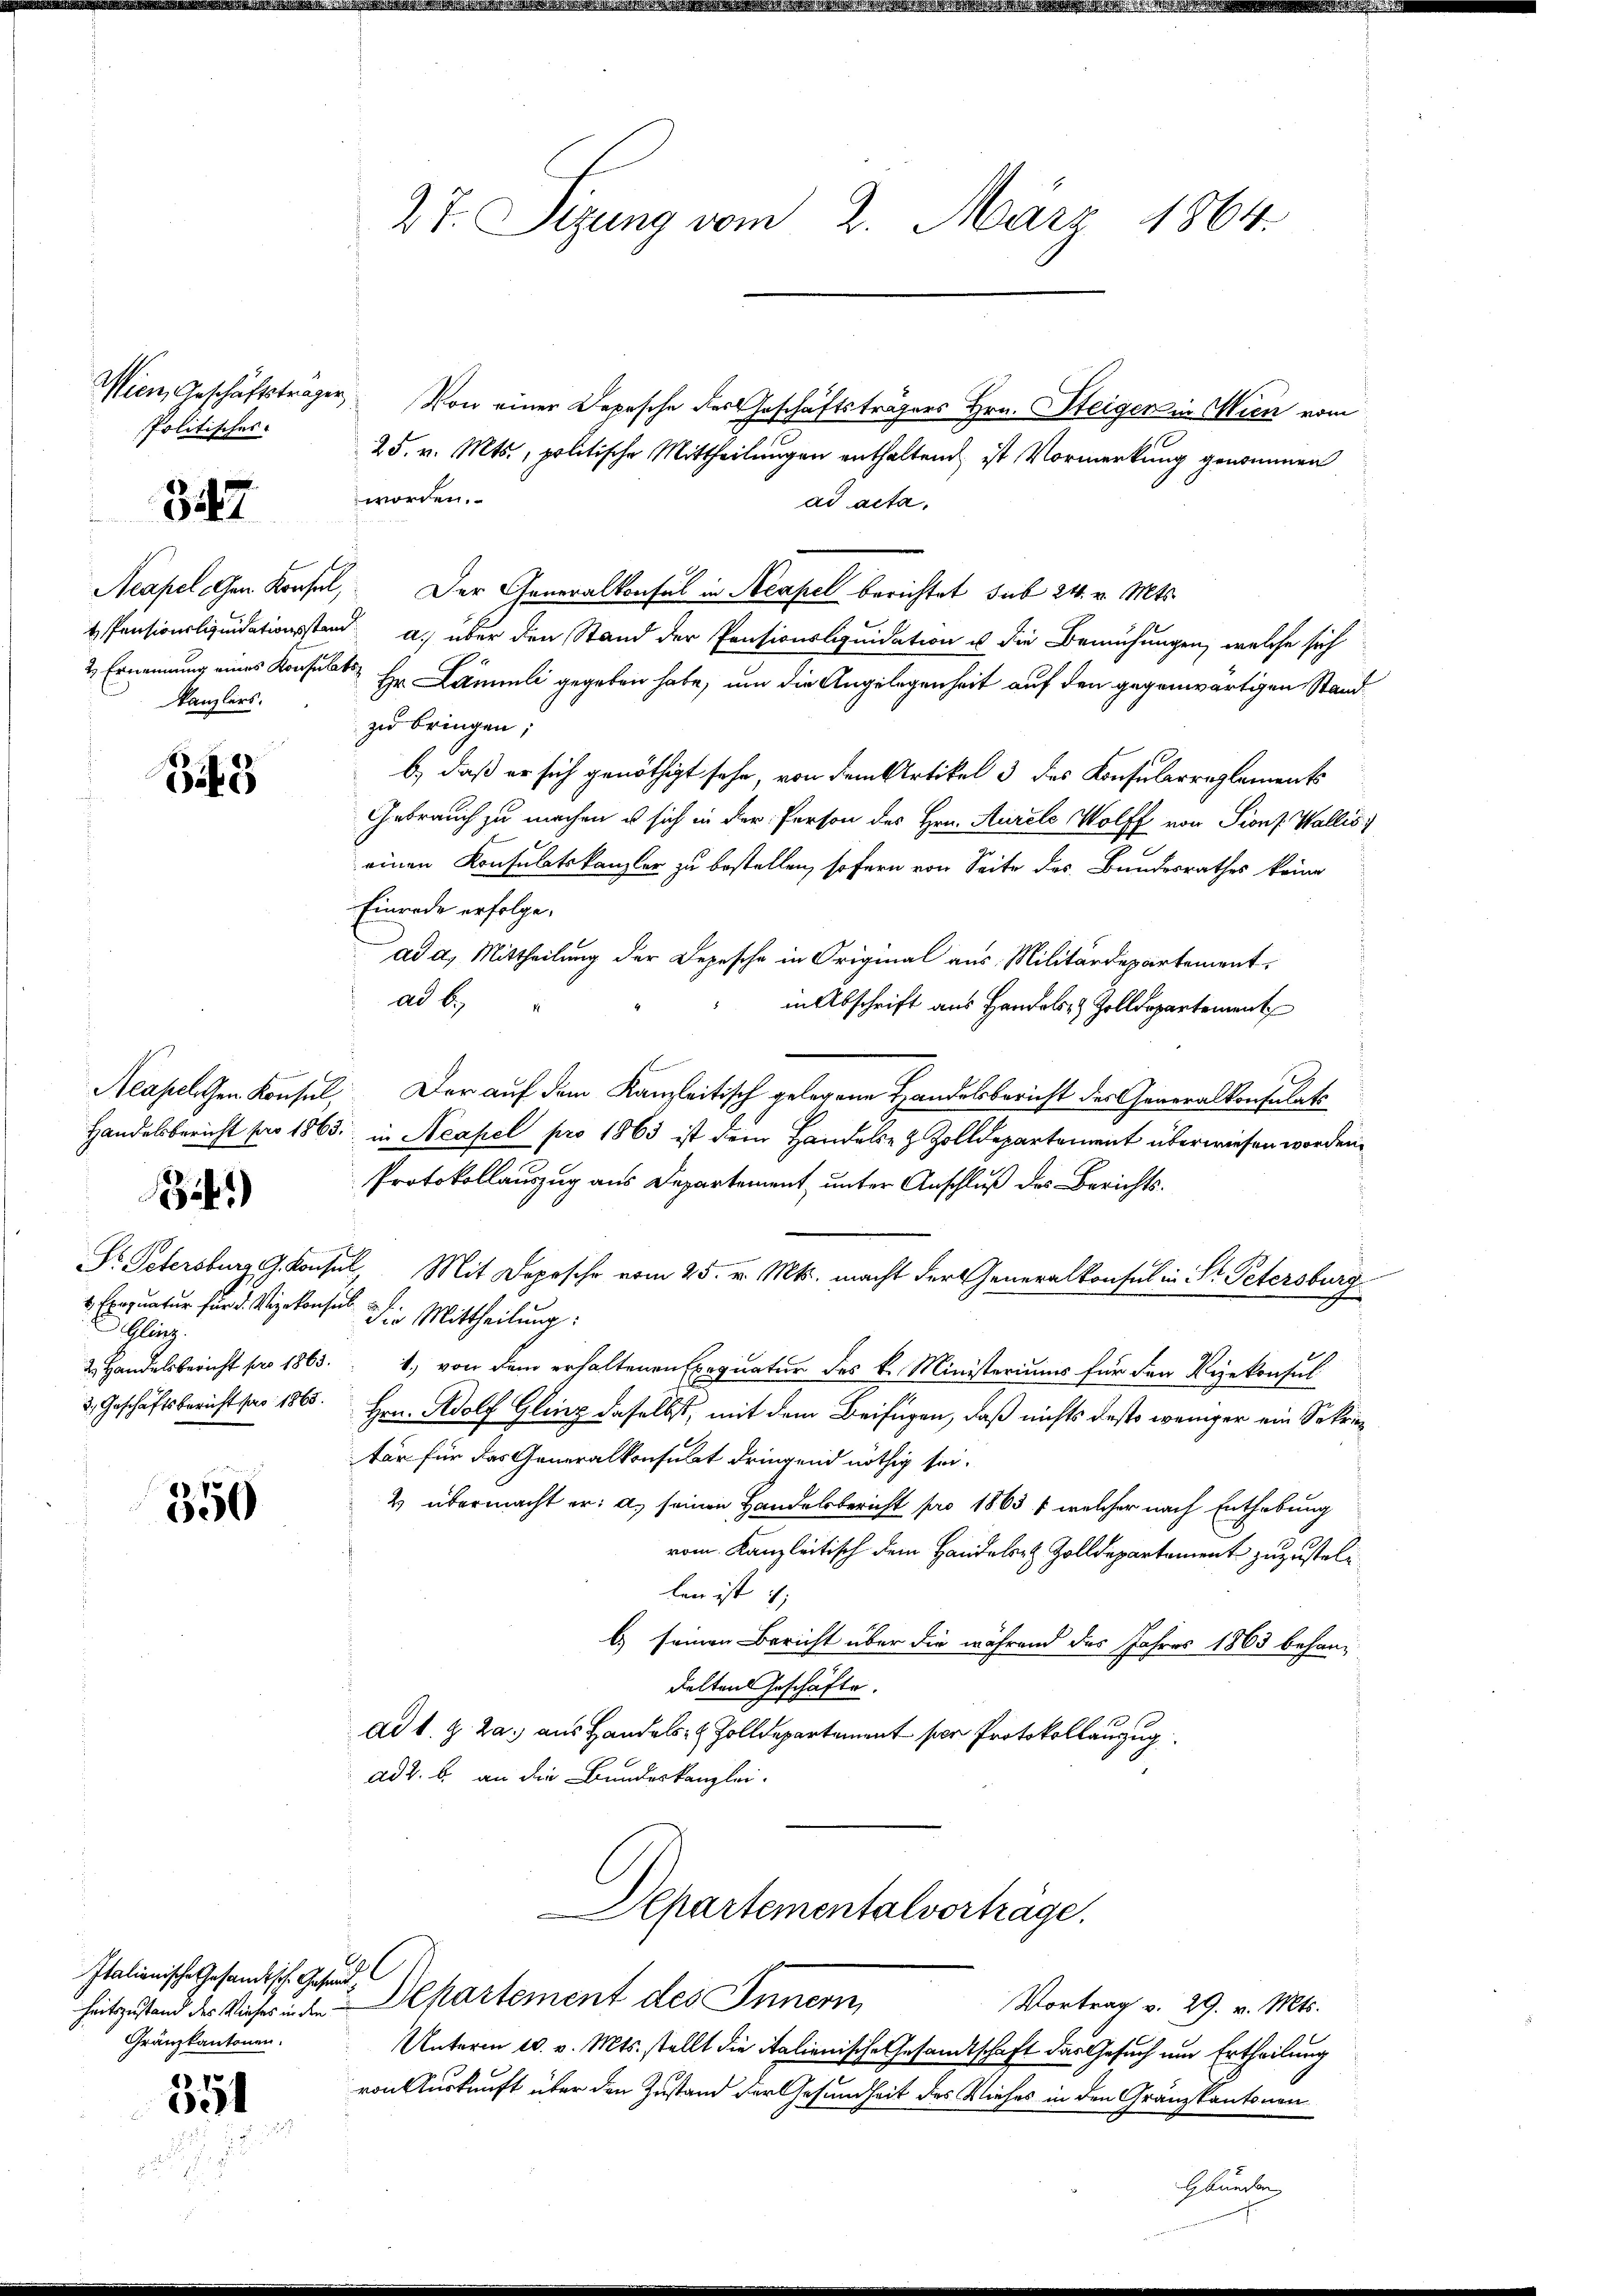
Politisches

347

Kanzlers.

Bif. 3

1)

Exequatur für d. Vizekonsul
Glanz.
d. Geschäftsbericht pro 1865.

350

Italienische Gesandtsche Gesund
Gränzkantonen.

1
65

27. Sizung vom 2. März 1864.

Wien, Geschäftsträger, Von einer Depesche des Geschäftsträgers Hrn. Steigen in Wien vom
25. v. Mts., politische Mittheilungen enthaltend ist Vormerkung genommen
worden.
ad acta.
Neapel Gen. Konsel, Der Generalkonsul in Neapel berichtet sub 24. v. Mts.
 Pensionsliquidationsstand a. über den Stand der Pensionsliquidation u die Bemühungen, welche sich
2 Ernennung eines Konsulat Hr. Lämmli gegeben habe, um die Angelegenheit auf den gegenwärtigen Stand
zu bringen;
b) daß er sich genöthigt sehe, von dem Artikel 3 des Konsularreglements
Gebrauch zu machen u sich in der Person des Hrn. Aurel Wolff von Pions. Wallis)
einen Konsulatskanzler zu bestellen, sofern von Seite des Bundesrathes keine
Einrede erfolge.
ad a. Mittheilung der Depesche in Original aus Militärdepartement,
ad b.
in Abschrift aus Handels- & Zolldepartement
Neapellen Konsul, Der auf dem Kanzleitisch gelegene Handelsbericht der Generalkonsulat
Handelsbericht pro 1863 in Neapel pro 1863 ist dem Handels- & Zolldepartement überwiesen worden.
Protokollauszug aus Departement, unter Anschluß des Berichts¬
Dr. Petersburg G. Konsul, Mit Depesche vom 25. v. Mts. macht der Generalkonsul in Dr. Petersburg
die Mittheilung:
2. Handelsbericht pro 1863. 4., von dem erhaltenen Exequatur des k. Ministeriums für den Vizekonsul
Hrn. Adolf Gling daselbst, mit dem Beifügen, daß nichts desto weniger ein Sekrie
tar für das Generalkonsulat dringend nöthig sei.
2 übermacht er: a) seinen Handelsbericht pro 1863 & welcher nach Enthebung
vom Kanzleitisch dem Handelst Zolldepartement zuzustellen ist i
b) seinen Bericht über die während des Jahres 1863 behandelten Geschäfte.
ad 1. Z. Z. aus Handels- & Zolldepartement per Protokollanzug
ad 2. b. an die Bundeskanzlei.

Aepartementalvorträge.
heitszustand der Sicher in der Dekartement des Innern,

Vortrag v. 29. v. Mts.
Unterm 10. v. Mts. stellt die italienische Gesandtschaft das Gesuch um Ertheilung
von Auskunft über den Zustand der Gesundheit des Viehes in den Gränzkantonen

Gbunden